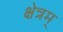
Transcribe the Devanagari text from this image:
क्षेत्रम्